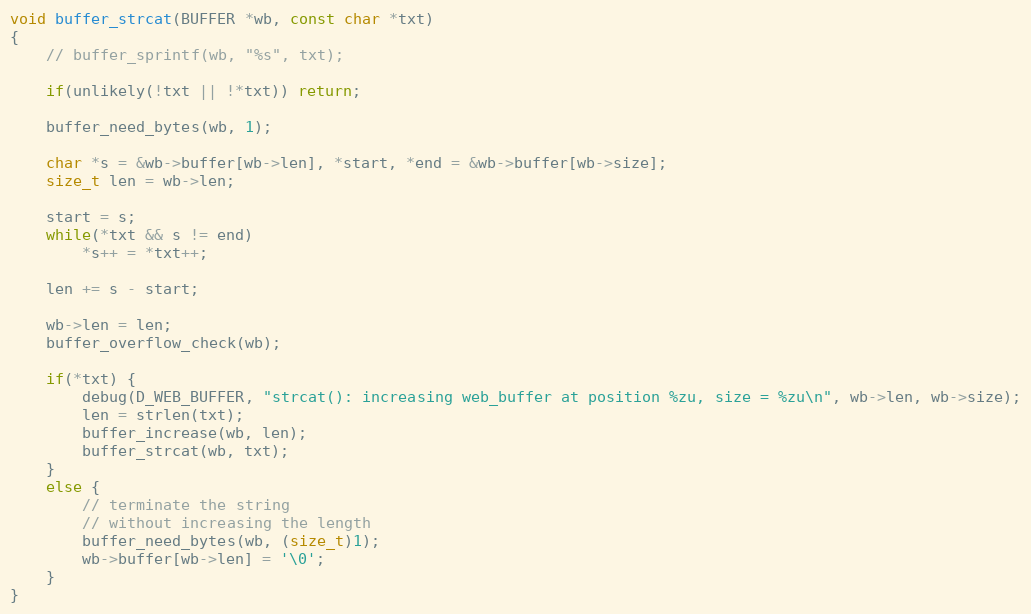
Language: C
void buffer_strcat(BUFFER *wb, const char *txt)
{
    // buffer_sprintf(wb, "%s", txt);

    if(unlikely(!txt || !*txt)) return;

    buffer_need_bytes(wb, 1);

    char *s = &wb->buffer[wb->len], *start, *end = &wb->buffer[wb->size];
    size_t len = wb->len;

    start = s;
    while(*txt && s != end)
        *s++ = *txt++;

    len += s - start;

    wb->len = len;
    buffer_overflow_check(wb);

    if(*txt) {
        debug(D_WEB_BUFFER, "strcat(): increasing web_buffer at position %zu, size = %zu\n", wb->len, wb->size);
        len = strlen(txt);
        buffer_increase(wb, len);
        buffer_strcat(wb, txt);
    }
    else {
        // terminate the string
        // without increasing the length
        buffer_need_bytes(wb, (size_t)1);
        wb->buffer[wb->len] = '\0';
    }
}